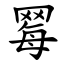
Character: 䍙